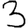
Digit: 3